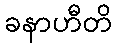
ခနာဟီတိ